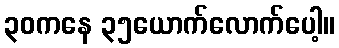
၃၀ကနေ ၃၅ယောက်လောက်ပေါ့။